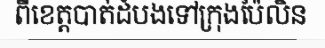
ពីខេត្តបាត់ដំបងទៅក្រុងប៉ៃលិន